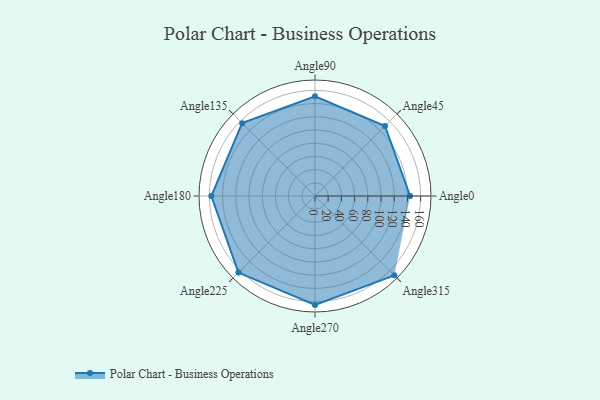
{"axis": {"x": "Angle", "y": "Radius"}, "legend": [""], "data": [{"x": "Angle0", "y": 144.0, "type": ""}, {"x": "Angle45", "y": 150.0, "type": ""}, {"x": "Angle90", "y": 151.0, "type": ""}, {"x": "Angle135", "y": 156.0, "type": ""}, {"x": "Angle180", "y": 157.0, "type": ""}, {"x": "Angle225", "y": 164.0, "type": ""}, {"x": "Angle270", "y": 165.0, "type": ""}, {"x": "Angle315", "y": 170, "type": ""}]}